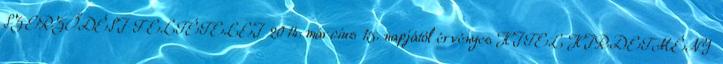
SZERZŐDÉSI FELTÉTELEI 2014. március 15. napjától érvényes HITEL HIRDETMÉNY